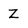
Character: z